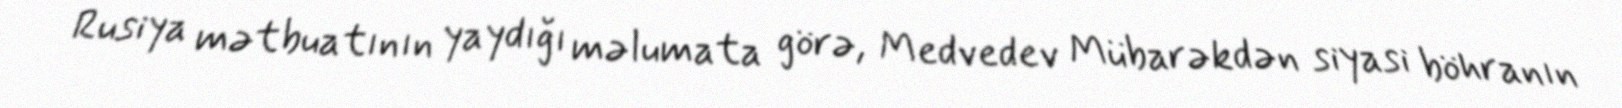
Rusiya mətbuatının yaydığı məlumata görə, Medvedev Mübarəkdən siyasi böhranın